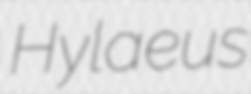
Hylaeus